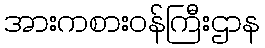
အားကစားဝန်ကြီးဌာန